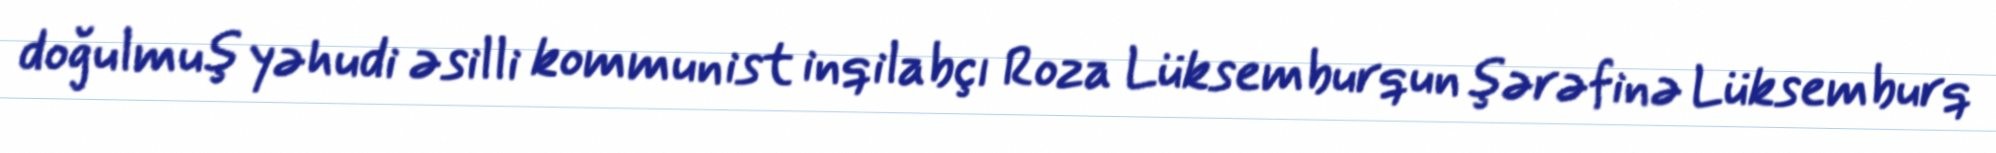
doğulmuş yəhudi əsilli kommunist inqilabçı Roza Lüksemburqun şərəfinə Lüksemburq